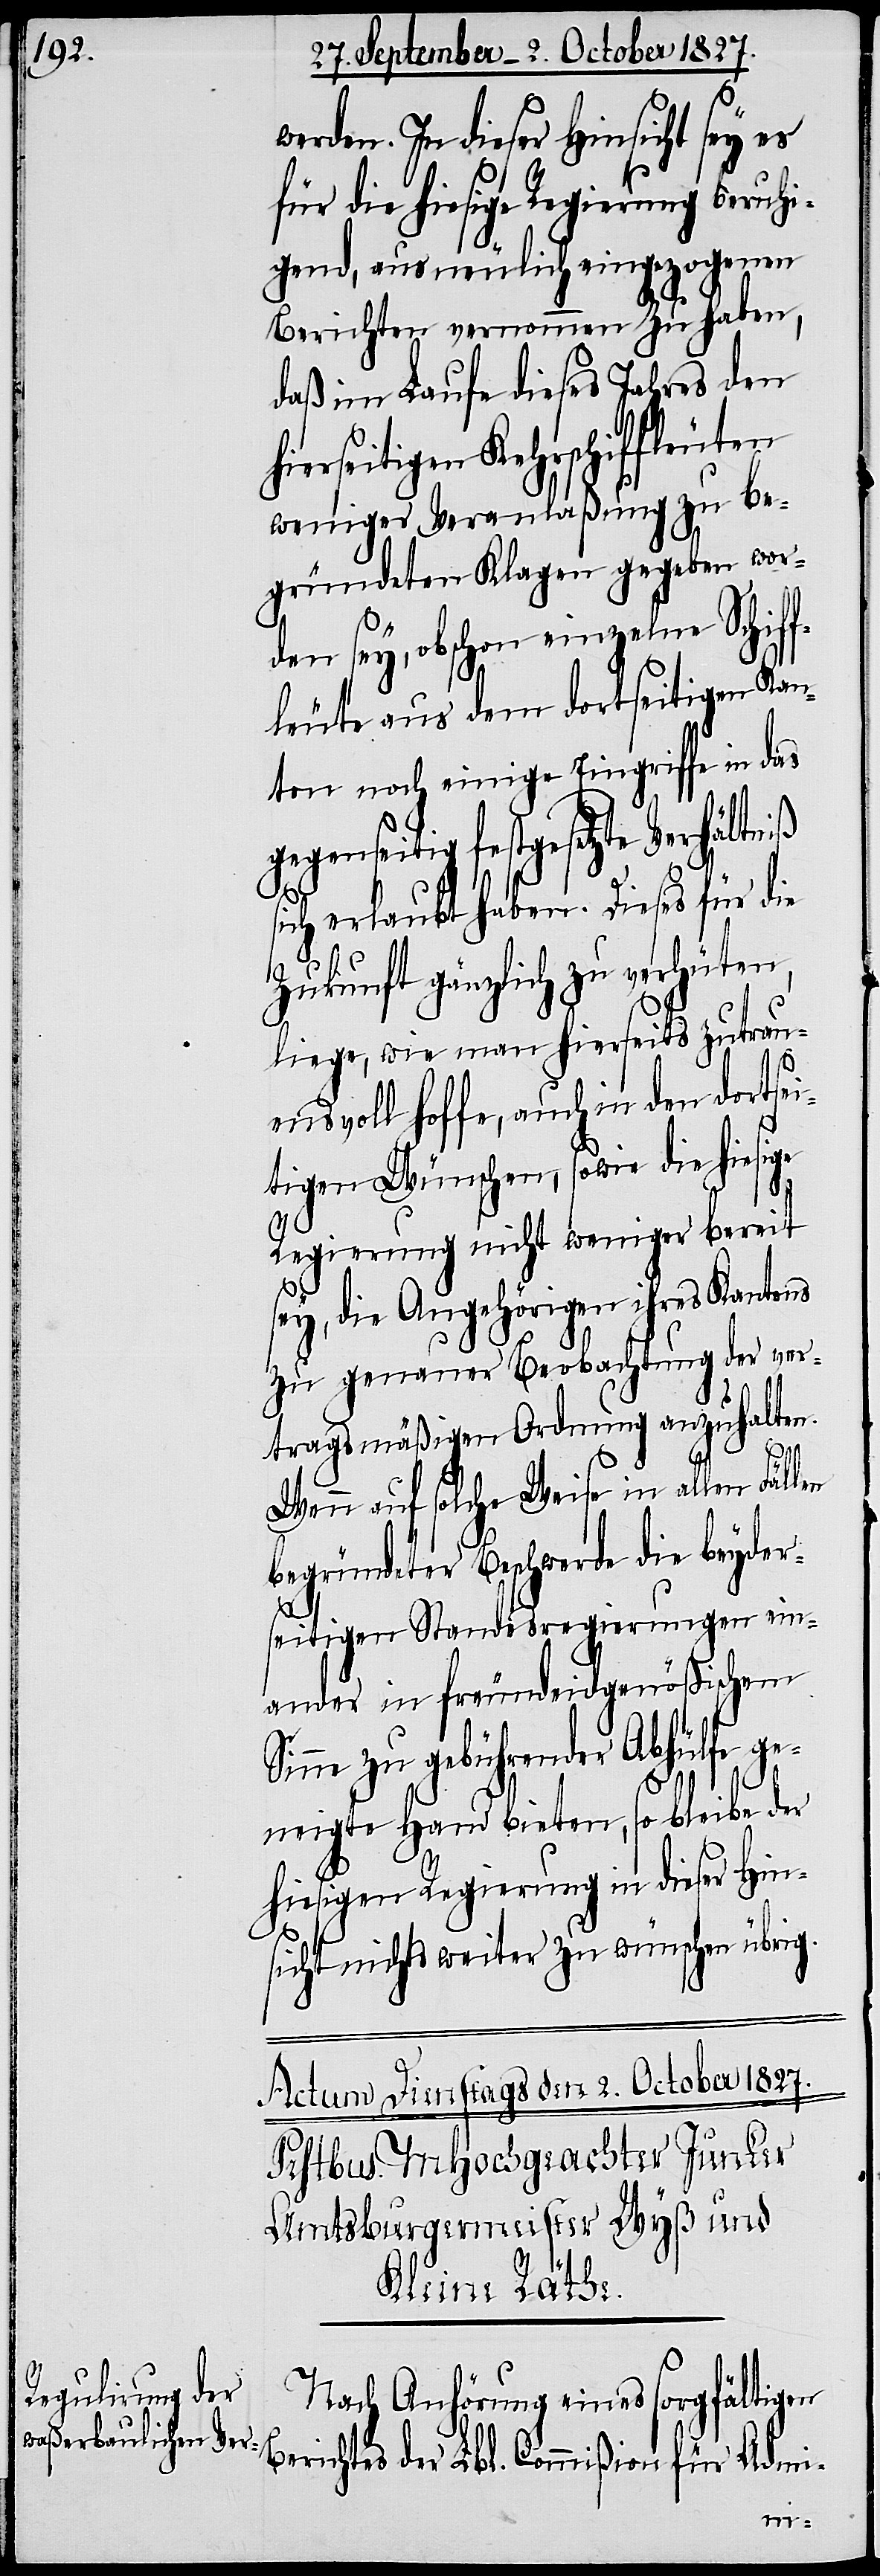
werden. In dieser Hinsicht sey es
für die hiesige Regierung beruhi¬
gend, aus neulich eingezogenen
Berichten vernommen zu haben,
daß im Laufe dieses Jahres den
erseitigen Kehrschiffleuten
weniger Veranlaßung zu be¬
gründeten Klagen gegeben wor¬
den sey, obschon einzelne Schif¬
fleute aus dem dortseitigen Kan¬
ton noch einige Eingriffe in das
festgesetzte Verhältniß
sich erlaubt haben. Dieses für die
Zukunft gänzlich zu verhüten,
liege, wie man hierseits zutrau¬
ensvoll hoffe, auch in den dortse¬
itigen Wünschen, sowie die hiesige
Regierung nicht weniger bereit
sey, die Angehörigen ihres Kantons
zu genauer Beobachtung der ver¬
tragsmäßigen Ordnung anzuhalten.
hi¬
Wenn auf solche Weise in allen Fällen
begründeter Beschwerde die beyders¬
eitigen Standesregierungen ein¬
ander in freundeidgenößischem
Sinne zu gebührender Abhülfe ge¬
neigte Hand biete, so bleibe der
hiesigen Regierung in dieser Hin¬
sicht nichts weiter zu wünschen übrig.
Nach Anhörung eines sorgfältigen
Admi-
Berichtes der Lbl. Commißion für